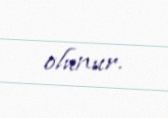
olunur.